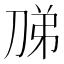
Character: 𭃦